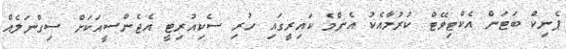
ޕެނިކް ބަޓަން އެކްޓިވޭޓް ކުރުމާއެކު އެންމެ ކައިރީގައި ހުރި ސެކިއުރިޓީ އެޖެންސީއަކަށް ސިގްނަލެއް